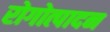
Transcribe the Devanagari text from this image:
रोगोत्पादन